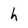
Character: h